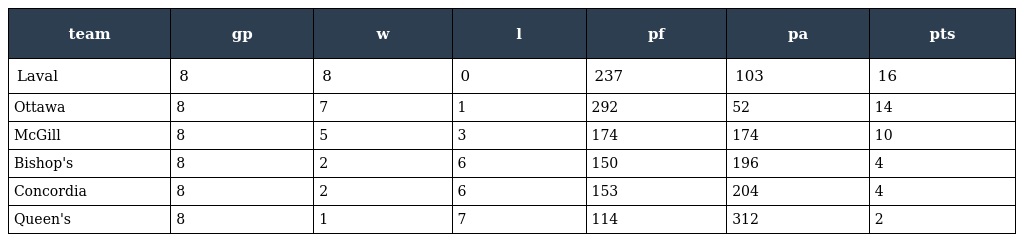
| team | gp | w | l | pf | pa | pts |
 | --- | --- | --- | --- | --- | --- | --- |
 | Laval | 8 | 8 | 0 | 237 | 103 | 16 |
 | Ottawa | 8 | 7 | 1 | 292 | 52 | 14 |
 | McGill | 8 | 5 | 3 | 174 | 174 | 10 |
 | Bishop's | 8 | 2 | 6 | 150 | 196 | 4 |
 | Concordia | 8 | 2 | 6 | 153 | 204 | 4 |
 | Queen's | 8 | 1 | 7 | 114 | 312 | 2 |